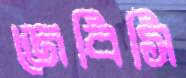
জেবিসি